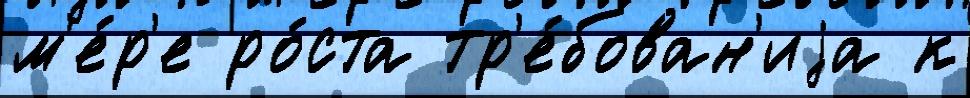
м'е́р'е ро́ста тр'е́бован'иjа к